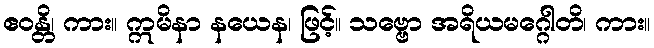
ဧဝန္တိ၊ ကား။ ဣမိနာ နယေန၊ ဖြင့်။ သဗ္ဗော အရိယမဂ္ဂေါတိ၊ ကား။